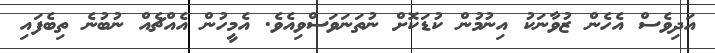
އަދިވެސް އެހެން ޒުވާނަކު އިނުމުން ކުޑަކޮށް ނުތަނަވަސްވިއެވެ. އެމީހުން އެއްޗެއް ނުބުނެ ތިބެފައި